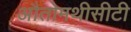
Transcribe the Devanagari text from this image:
औतोमथीसीटी